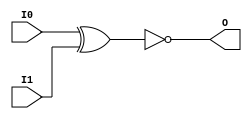
module XNOR2 (O, I0, I1);

    output O;

    input  I0, I1;

	xnor X1 (O, I0, I1);


endmodule